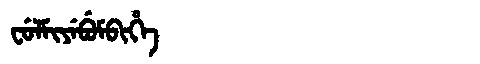
Manchu: ᠸᡠᠯᠮᡳᠶᡝᠪᡠᠮᠪᡳᡥᡝ
Romanization: FULMIYEBUMBIHE